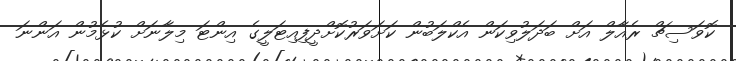
ކޮވަސިޗް ރެއާލް އަށް ބަދަލުވިކަން އެކްލަބުން ކަށަވަރުކޮށްދީފިއިޓަލީގެ އިންޓަ މިލާނަށް ކުޅެމުން އަންނަ